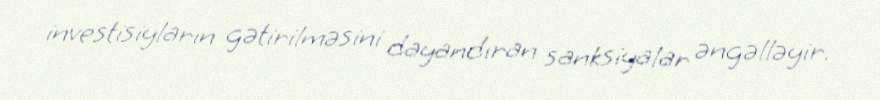
investisiyların gətirilməsini dayandıran sanksiyalar əngəlləyir.